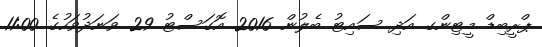
ޕްރީބިޑް މީޓިންގ އަދި ސައިޓު ބެލުން 2016 އޮގަސްޓު 29 ވަނަދުވަހުގެ 11:00